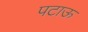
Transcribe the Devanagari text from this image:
पटाऊ